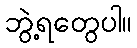
ဘွဲ့ရတွေပါ။